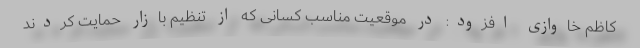
کاظم خاوازی افزود: در موقعیت مناسب کسانی که از تنظیم بازار حمایت کردند